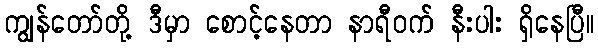
ကျွန်တော်တို့ ဒီမှာ စောင့်နေတာ နာရီဝက် နီးပါး ရှိနေပြီ။